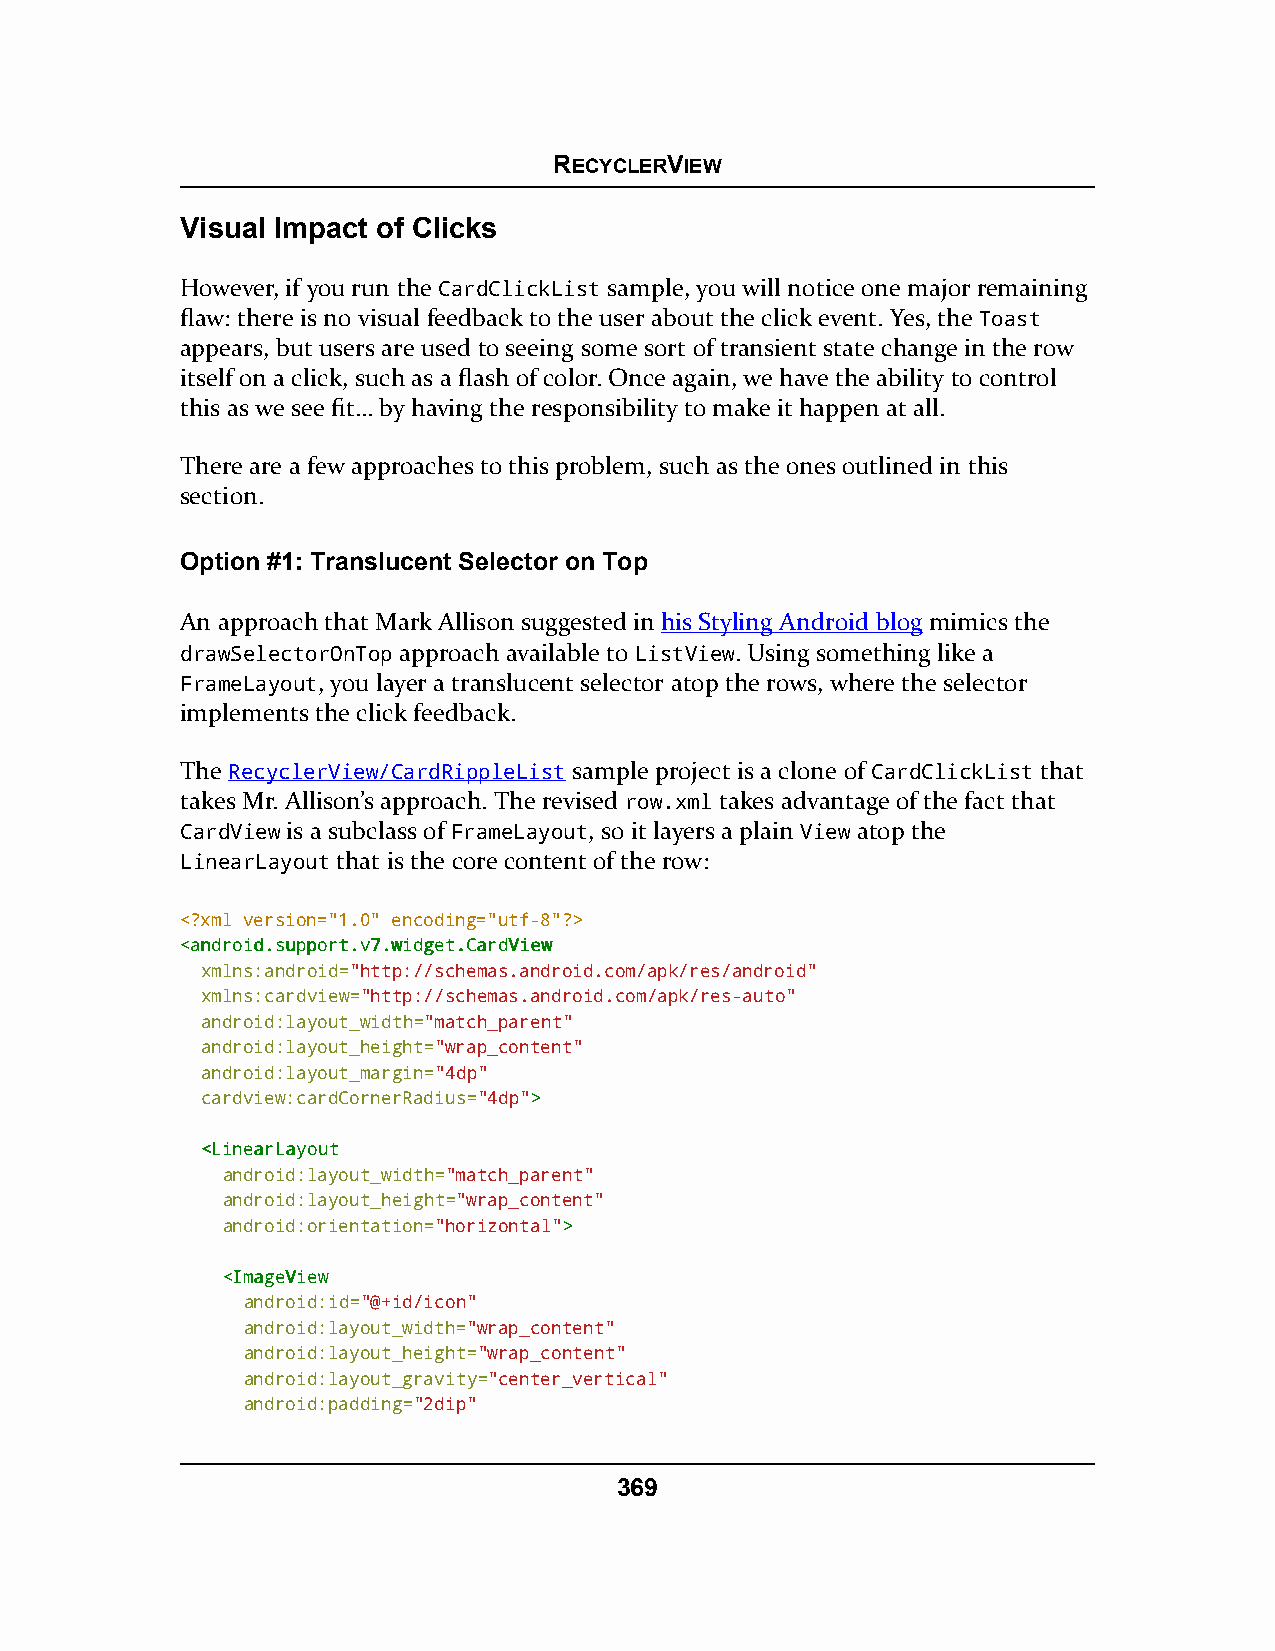
RECYCLERVIEW
 Visual Impact of Clicks
 However, if you run the CardClickList sample, you will notice one major remaining
 flaw: there is no visual feedback to the user about the click event. Yes, the Toast
 appears, but users are used to seeing some sort of transient state change in the row
 itself on a click, such as a flash of color. Once again, we have the ability to control
 this as we see fit… by having the responsibility to make it happen at all.
 There are a few approaches to this problem, such as the ones outlined in this
 section.
 Option #1: Translucent Selector on Top
 An approach that Mark Allison suggested in his Styling Android blog mimics the
 drawSelectorOnTop approach available to ListView. Using something like a
 FrameLayout, you layer a translucent selector atop the rows, where the selector
 implements the click feedback.
 The RecyclerView/CardRippleList sample project is a clone of CardClickList that
 takes Mr. Allison’s approach. The revised row.xml takes advantage of the fact that
 CardView is a subclass of FrameLayout, so it layers a plain View atop the
 LinearLayout that is the core content of the row:
 <?xml version="1.0" encoding="utf-8"?>
 <<aannddrrooiidd..ssuuppppoorrtt..vv77..wwiiddggeett..CCaarrddVViieeww
 xmlns:android="http://schemas.android.com/apk/res/android"
 xmlns:cardview="http://schemas.android.com/apk/res-auto"
 android:layout_width="match_parent"
 android:layout_height="wrap_content"
 android:layout_margin="4dp"
 cardview:cardCornerRadius="4dp">>
 <<LLiinneeaarrLLaayyoouutt
 android:layout_width="match_parent"
 android:layout_height="wrap_content"
 android:orientation="horizontal">>
 <<IImmaaggeeVViieeww
 android:id="@+id/icon"
 android:layout_width="wrap_content"
 android:layout_height="wrap_content"
 android:layout_gravity="center_vertical"
 android:padding="2dip"
 369